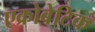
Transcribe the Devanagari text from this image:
एक्रोबेटिक